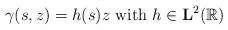
LaTeX: \begin{align*} \gamma(s,z)=h(s)z \mbox{ with } h\in\mathbf{L}^2(\mathbb{R})\end{align*}